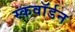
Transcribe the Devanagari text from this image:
स्कवाॅर्डन